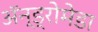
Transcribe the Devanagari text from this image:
अॅन्ड्रोमेडा